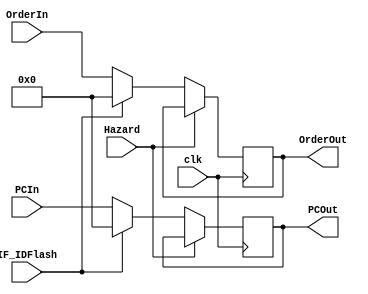
`timescale 1ns / 1ps
//////////////////////////////////////////////////////////////////////////////////
// Company:
// Engineer:
//
// Design Name:
// Module Name: IF_ID
// Project Name:
// Target Devices:
// Tool Versions:
// Description:
//
// Dependencies:
//
// Revision:
// Revision 0.01 - File Created
// Additional Comments:
//
//////////////////////////////////////////////////////////////////////////////////


module IF_ID(clk,IF_IDFlash,PCIn,OrderIn,Hazard,PCOut,OrderOut);
  input clk,IF_IDFlash,Hazard;
  input [31:0] PCIn,OrderIn;
  output reg [31:0] PCOut,OrderOut;

  initial begin
    PCOut=32'b0;
    OrderOut=32'b0;
  end

  always @(posedge clk)begin
    if(Hazard==1'b0)begin
      PCOut   <=(IF_IDFlash==1'b1)?32'b0:PCIn;
      OrderOut<=(IF_IDFlash==1'b1)?32'b0:OrderIn;
    end
  end
endmodule